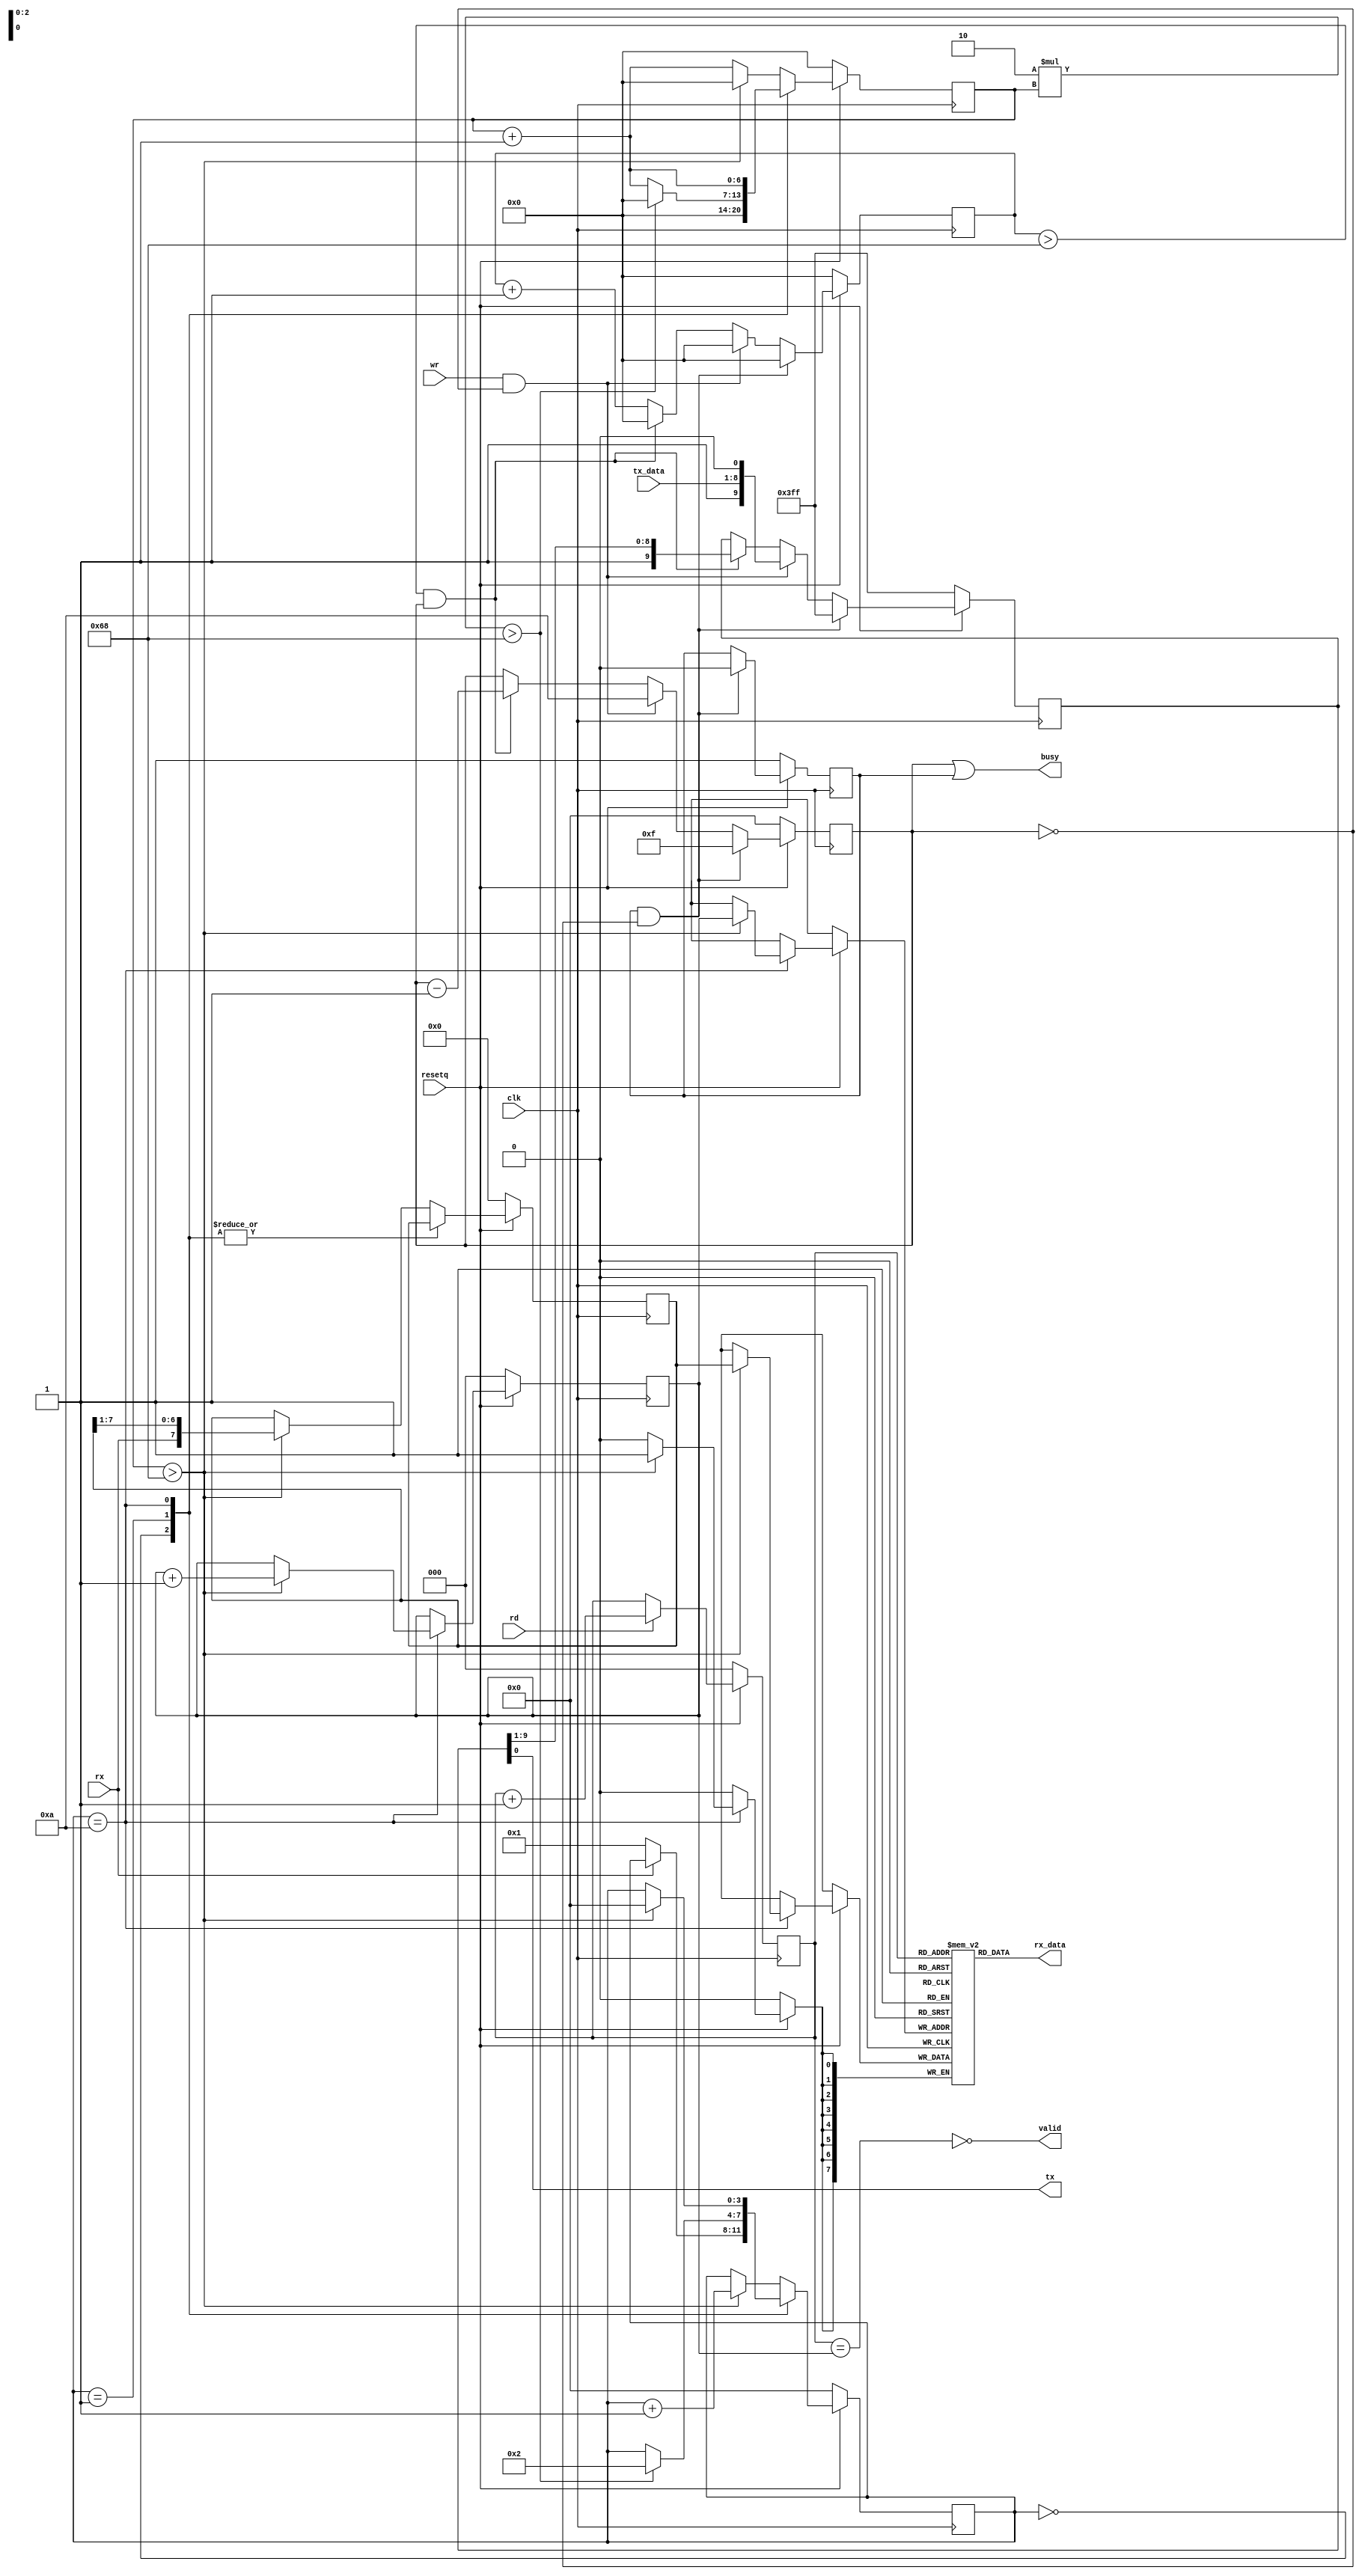
/*
 *  PicoSoC - A simple example SoC using PicoRV32
 *
 *  Copyright (C) 2017  Clifford Wolf <clifford@clifford.at>
 *
 *  Permission to use, copy, modify, and/or distribute this software for any
 *  purpose with or without fee is hereby granted, provided that the above
 *  copyright notice and this permission notice appear in all copies.
 *
 *  THE SOFTWARE IS PROVIDED "AS IS" AND THE AUTHOR DISCLAIMS ALL WARRANTIES
 *  WITH REGARD TO THIS SOFTWARE INCLUDING ALL IMPLIED WARRANTIES OF
 *  MERCHANTABILITY AND FITNESS. IN NO EVENT SHALL THE AUTHOR BE LIABLE FOR
 *  ANY SPECIAL, DIRECT, INDIRECT, OR CONSEQUENTIAL DAMAGES OR ANY DAMAGES
 *  WHATSOEVER RESULTING FROM LOSS OF USE, DATA OR PROFITS, WHETHER IN AN
 *  ACTION OF CONTRACT, NEGLIGENCE OR OTHER TORTIOUS ACTION, ARISING OUT OF
 *  OR IN CONNECTION WITH THE USE OR PERFORMANCE OF THIS SOFTWARE.
 *
 */

 // October 2019, Matthias Koch: Renamed wires and added FIFO on receive side

module buart (
   input clk,
   input resetq,

   output tx,
   input  rx,

   input  wr,
   input  rd,
   input  [7:0] tx_data,
   output [7:0] rx_data,

   output busy,
   output valid
);

   /************** Baud frequency constants ******************/

   parameter  FREQ_MHZ = 12;
   parameter  BAUDS    = 115200;

   localparam divider  = FREQ_MHZ * 1000000 / BAUDS;
   localparam divwidth = $clog2(divider);

   localparam baud_init = divider;
   localparam half_baud_init = divider/2+1;

   /************* Receiver ***********************************/

   reg [3:0] recv_state;
   reg [divwidth-1:0] recv_divcnt;   // Counts to cfg_divider. Reserve enough bytes !
   reg [7:0] recv_pattern;

   reg [7:0] empfangenes [7:0]; // 8 Bytes Platz im Puffer
   reg [2:0] lesezeiger;
   reg [2:0] schreibzeiger;

   assign rx_data = empfangenes[lesezeiger];
   assign valid = ~(lesezeiger == schreibzeiger);

   always @(posedge clk) begin
       if (!resetq) begin

           recv_state <= 0;
           recv_divcnt <= 0;
           recv_pattern <= 0;
           lesezeiger <= 0;
           schreibzeiger <= 0;

       end else begin
           recv_divcnt <= recv_divcnt + 1;

           if (rd) lesezeiger <= lesezeiger + 1;

           case (recv_state)
               0: begin
                   if (!rx)
                       recv_state <= 1;
                   recv_divcnt <= 0;
               end
               1: begin
                   if (2*recv_divcnt > divider) begin
                       recv_state <= 2;
                       recv_divcnt <= 0;
                   end
               end
               10: begin
                   if (recv_divcnt > divider) begin
                       empfangenes[schreibzeiger] <= recv_pattern;
                       schreibzeiger <= schreibzeiger + 1;
                       recv_state <= 0;
                   end
               end
               default: begin
                   if (recv_divcnt > divider) begin
                       recv_pattern <= {rx, recv_pattern[7:1]};
                       recv_state <= recv_state + 1;
                       recv_divcnt <= 0;
                   end
               end
           endcase
       end
   end

   /************* Transmitter ******************************/

   reg [9:0] send_pattern;
   reg [3:0] send_bitcnt;
   reg [divwidth-1:0] send_divcnt;
   reg send_dummy;

   assign busy = (send_bitcnt || send_dummy);
   assign tx = send_pattern[0];

   always @(posedge clk) begin
       send_divcnt <= send_divcnt + 1;
       if (!resetq) begin
           send_pattern <= ~0;
           send_bitcnt <= 0;
           send_divcnt <= 0;
           send_dummy <= 1;
       end else begin
           if (send_dummy && !send_bitcnt) begin
               send_pattern <= ~0;
               send_bitcnt <= 15;
               send_divcnt <= 0;
               send_dummy <= 0;
           end else
           if (wr && !send_bitcnt) begin
               send_pattern <= {1'b1, tx_data[7:0], 1'b0};
               send_bitcnt <= 10;
               send_divcnt <= 0;
           end else
           if (send_divcnt > divider && send_bitcnt) begin
               send_pattern <= {1'b1, send_pattern[9:1]};
               send_bitcnt <= send_bitcnt - 1;
               send_divcnt <= 0;
           end
       end
   end

endmodule